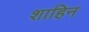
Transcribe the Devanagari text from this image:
शाहिन